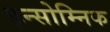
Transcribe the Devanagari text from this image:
इन्सोम्निक